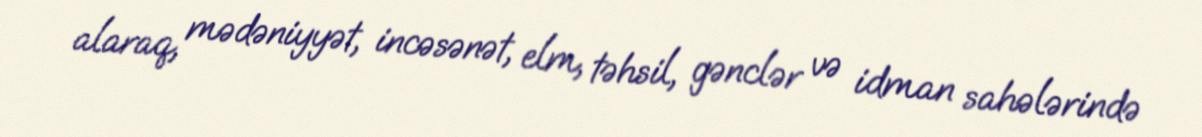
alaraq, mədəniyyət, incəsənət, elm, təhsil, gənclər və idman sahələrində